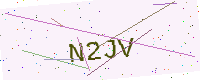
Text: N2JV